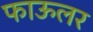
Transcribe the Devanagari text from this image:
फाऊलर